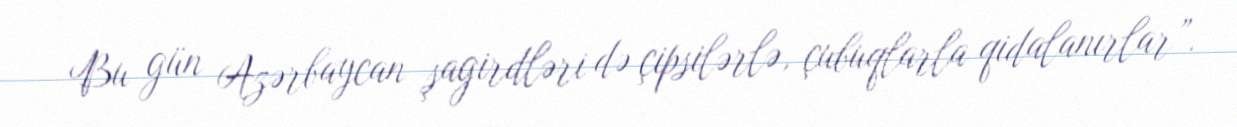
Bu gün Azərbaycan şagirdləri də çipsilərlə, çubuqlarla qidalanırlar”.